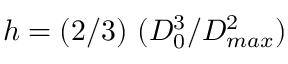
h = ( 2 / 3 ) \ ( D _ { 0 } ^ { 3 } / D _ { m a x } ^ { 2 } )